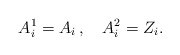
\begin{align*}A^{1}_{i} = A_i \,, \quad A^{2}_{i} = Z_i.\end{align*}